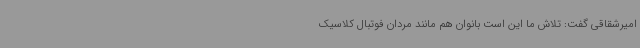
امیرشقاقی گفت: تلاش ما این است بانوان هم مانند مردان فوتبال کلاسیک